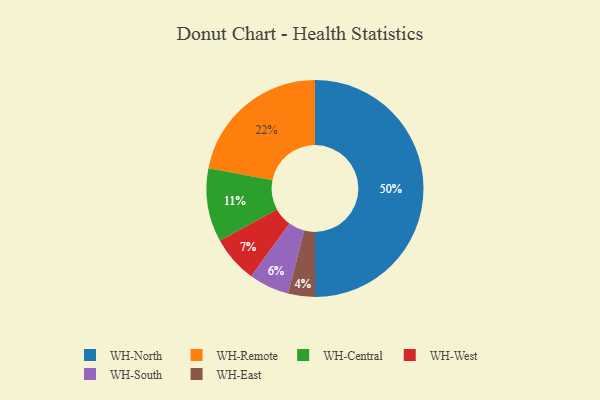
{"axis": {"x": "Category", "y": "Percentage"}, "legend": ["WH-Central", "WH-East", "WH-North", "WH-Remote", "WH-South", "WH-West"], "data": [{"x": "WH-North", "y": 50, "type": "WH-North"}, {"x": "WH-West", "y": 7, "type": "WH-West"}, {"x": "WH-Central", "y": 11, "type": "WH-Central"}, {"x": "WH-Remote", "y": 22, "type": "WH-Remote"}, {"x": "WH-South", "y": 6, "type": "WH-South"}, {"x": "WH-East", "y": 4, "type": "WH-East"}]}